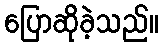
ပြောဆိုခဲ့သည်။